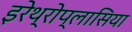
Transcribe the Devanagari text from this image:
इरेथ्रोप्लासिया